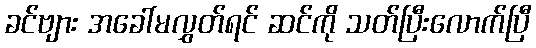
ခင်ဗျား အခေါ်မလွှတ်ရင် ဆင်ကို သတ်ပြီးလောက်ပြီ